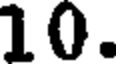
10.